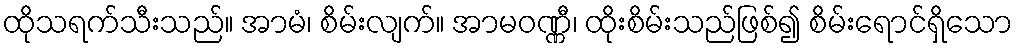
ထိုသရက်သီးသည်။ အာမံ၊ စိမ်းလျက်။ အာမဝဏ္ဏီ၊ ထိုးစိမ်းသည်ဖြစ်၍ စိမ်းရောင်ရှိသော